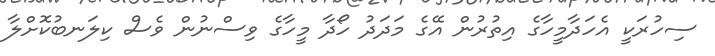
ސިހުރަކީ އެހަދާމީހާގެ އިތުރުން އޭގެ މަދަދު ހޯދާ މީހާގެ ވިސްނުން ވެސް ކިލަނބުކޮށްލާ